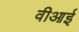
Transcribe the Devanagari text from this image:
वीआई